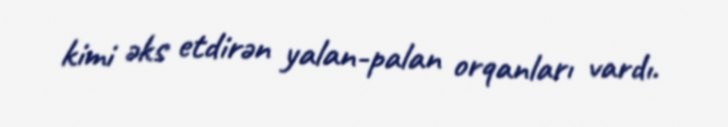
kimi əks etdirən yalan-palan orqanları vardı.